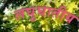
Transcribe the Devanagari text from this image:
लघुघातीय